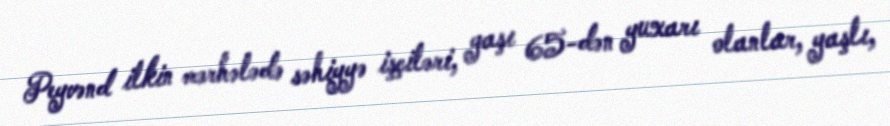
Peyvənd ilkin mərhələdə səhiyyə işçiləri, yaşı 65-dən yuxarı olanlar, yaşlı,